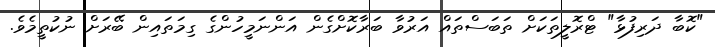
"ކޮބާ ދަރިފުޅާ" ޓްރޮލީތަކަށް ތަބަސްތައް އަރުވާ ބަރާކޮށްގެން އަންނަމީހުންގެ ގިމަތައިން ބޭރަށް ނުކުތީމެވެ.